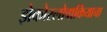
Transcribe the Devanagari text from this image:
झेकोस्लोवाकियाचा